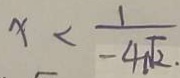
x < \frac { 1 } { - 4 \sqrt { 2 } }